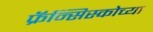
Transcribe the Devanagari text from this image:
फ्रॅन्सिस्कोच्या